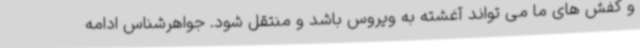
و کفش های ما می تواند آغشته به ویروس باشد و منتقل شود. جواهرشناس ادامه